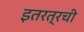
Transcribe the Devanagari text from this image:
इतरत्रची